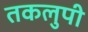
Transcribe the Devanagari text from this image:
तकलुपी